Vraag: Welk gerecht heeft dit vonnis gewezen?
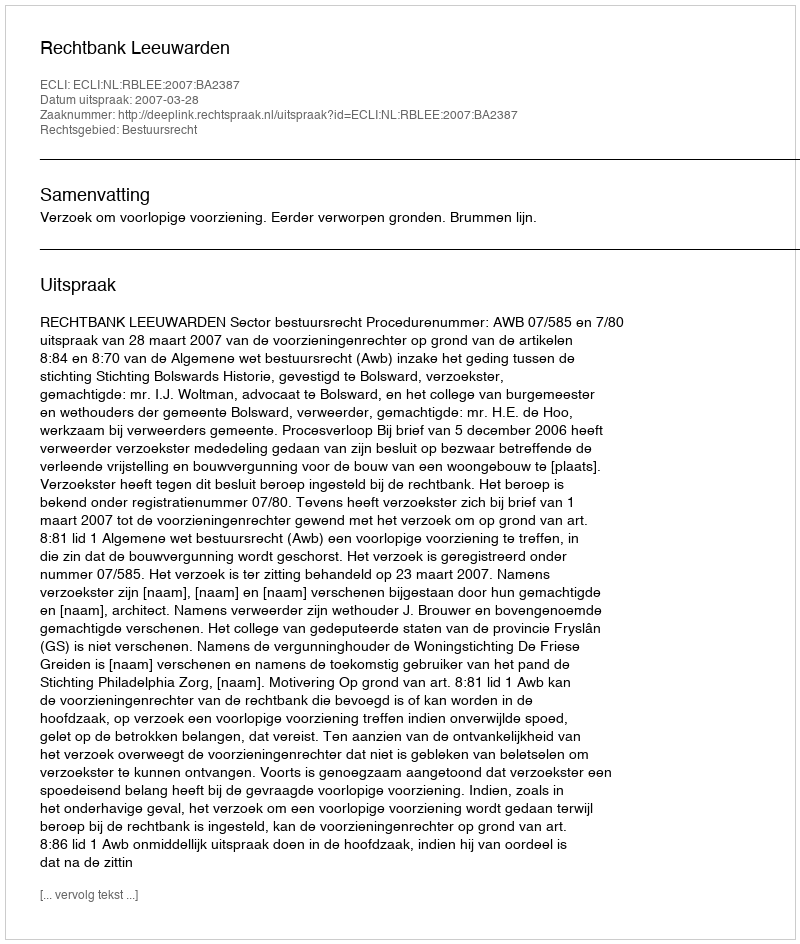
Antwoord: Rechtbank Leeuwarden